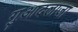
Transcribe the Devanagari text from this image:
गुआदलाजा